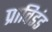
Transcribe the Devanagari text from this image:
प्राविडंड